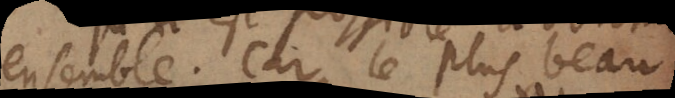
ensemble. Car le plus beau